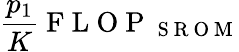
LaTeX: \frac{p_{1}}{K}\mathrm{~F~L~O~P~}_{\mathrm{~S~R~O~M~}}